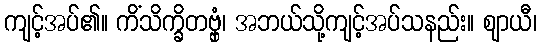
ကျင့်အပ်၏။ ကိံသိက္ခိတဗ္ဗှံ၊ အဘယ်သို့ကျင့်အပ်သနည်း။ ဈာယီ၊